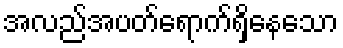
အလည်အပတ်ရောက်ရှိနေသော